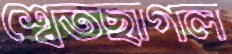
শ্বেতছাগল